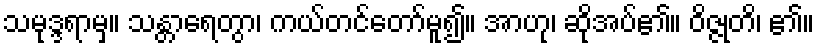
သမုဒ္ဒရာမှ။ သန္တာရေတွာ၊ ကယ်တင်တော်မူ၍။ အာဟု၊ ဆိုအပ်၏။ ဝိဇ္ဇုတိ၊ ၏။